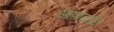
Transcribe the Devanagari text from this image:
आषाढादि